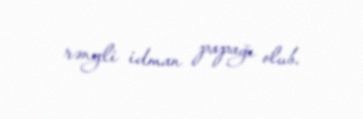
rəngli idman papağı olub.